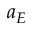
a _ { E }